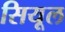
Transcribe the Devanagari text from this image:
सियूल